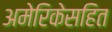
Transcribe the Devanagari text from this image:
अमेरिकेसहित